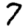
Digit: 7